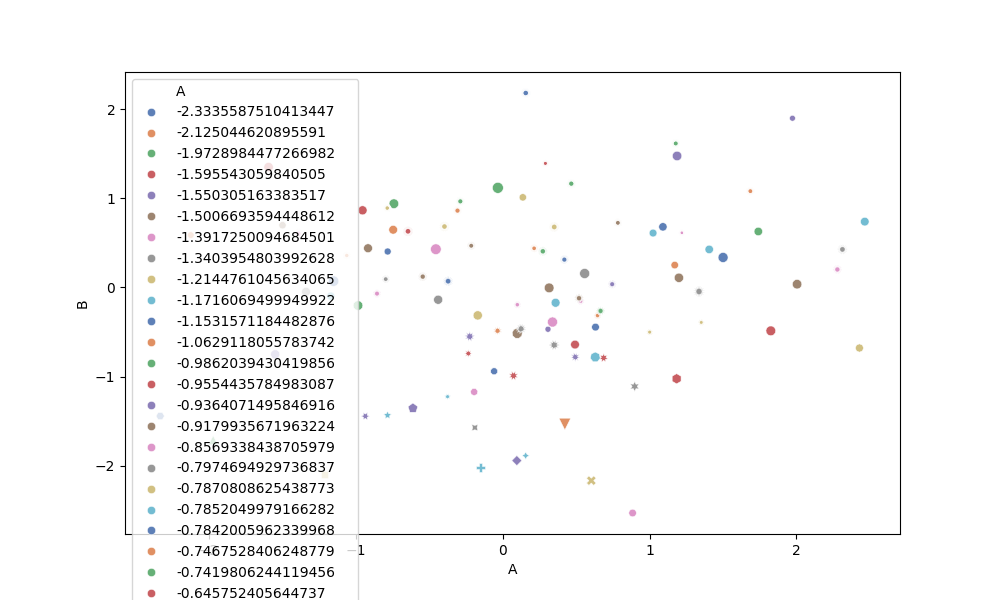
python, seaborn, scatterplot, hue='A', style='B', size='C', palette='deep', alpha=0.9